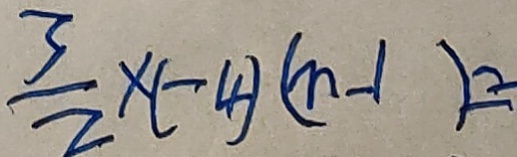
\frac { 3 } { 2 } \times ( - 4 ) ( n - 1 ) =